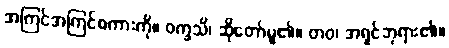
အကြင်အကြင်စကားကို။ ဝက္ခသိ၊ ဆိုတော်မူ၏။ တဝ၊ အရှင်ဘုရား၏။